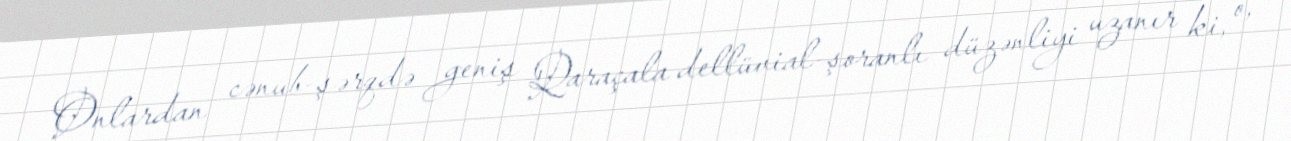
Onlardan cənub-şərqdə geniş Qaraçala dellüvial-şoranlı düzənliyi uzanır ki, o,